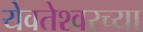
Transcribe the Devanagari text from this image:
येवतेश्वरच्या